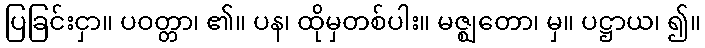
ပြခြင်းငှာ။ ပဝတ္တာ၊ ၏။ ပန၊ ထိုမှတစ်ပါး။ မဇ္ဈတော၊ မှ။ ပဋ္ဌာယ၊ ၍။